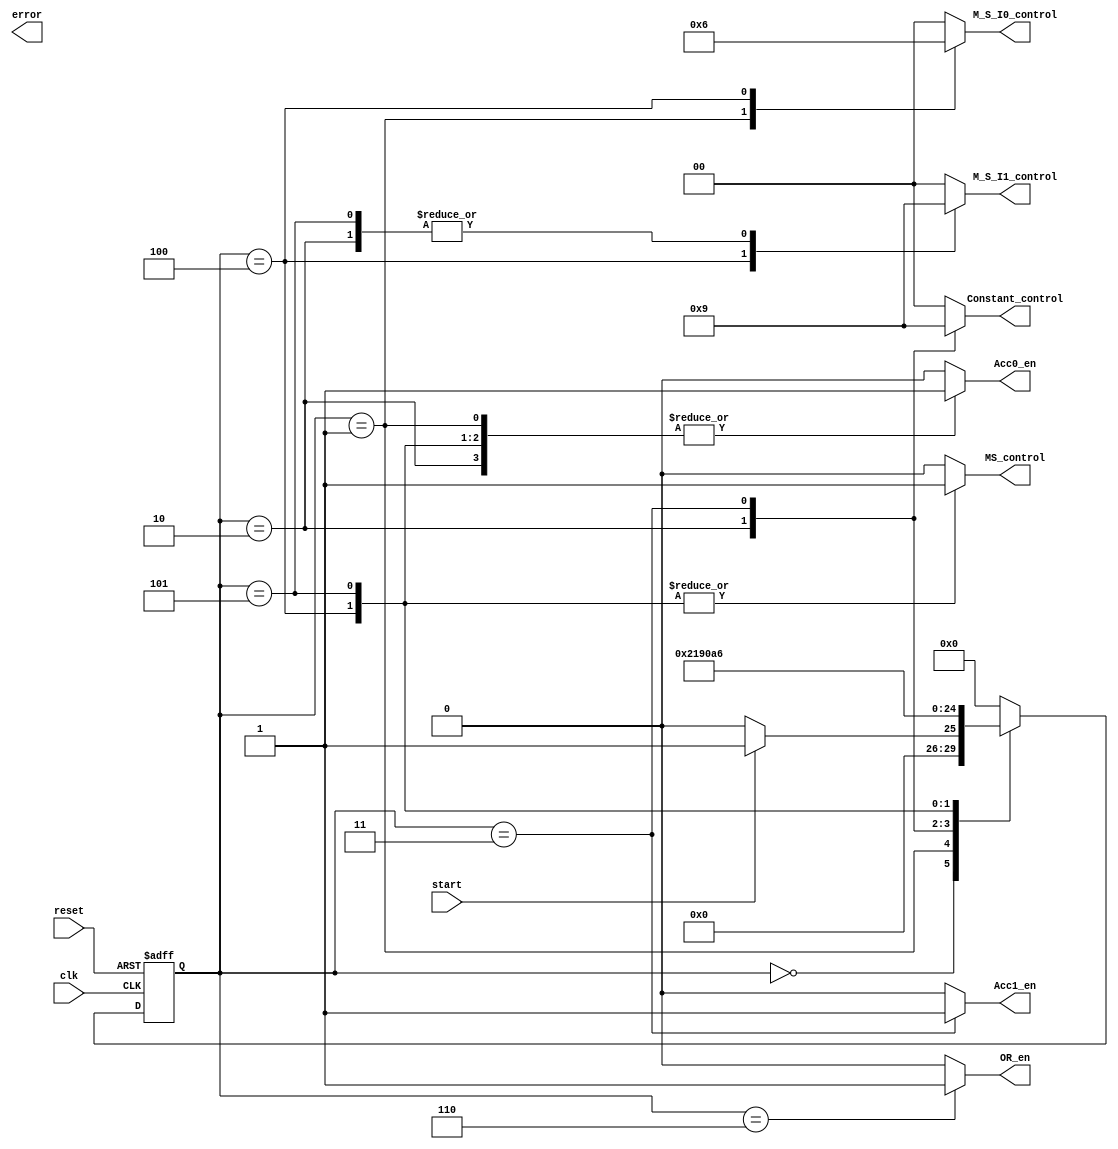
module FSM_control
#(
	parameter WORD_LENGTH = 8
)

(
	// Input Ports
	input clk,
	input reset,
	input start,
	
	output  error,
	output reg [1:0] Constant_control,
	output reg [1:0] M_S_I1_control,
	output reg [1:0] M_S_I0_control,
	output reg MS_control,
	output reg Acc0_en,
	output reg Acc1_en,
	output reg OR_en

);

//State machine states   ############FSM########
localparam IDLE = 0;
localparam XX = 1;
localparam A_XX = 2;
localparam A_X = 3;
localparam XX_SUM_X = 4;
localparam A0_SUM = 5;
localparam Output = 6;


reg [4:0]State ;


always@(posedge clk or negedge reset) begin
	if (reset==0)
		State <= IDLE;
	else 
		case(State)
			IDLE:
				if(start)
					State <= XX;
				else
					State <= IDLE;
				
			XX:
				State <= A_XX;
			
			A_XX:
				State <= A_X;
	
			A_X:
				State <= XX_SUM_X;
				
			XX_SUM_X:
				State <= A0_SUM;
			
			A0_SUM:
				State <= Output;
				
			Output:
				State <= IDLE;
				
			default:
				State <= IDLE;
	endcase
end

always@(State) begin
	Constant_control = 2'b00;
	M_S_I1_control = 2'b00;
	M_S_I0_control = 2'b00;
	MS_control = 0;
	Acc0_en = 0;
	Acc1_en = 0;
	OR_en = 0;
		case(State)
			
			XX:
				begin
					M_S_I0_control = 2'b01;
					M_S_I1_control = 2'b00;
					MS_control = 0;
					Acc0_en = 1;
				end
			
			A_XX:
				begin
					Constant_control = 2'b10;
					M_S_I0_control = 2'b00;
					M_S_I1_control = 2'b01;
					MS_control = 0;
					Acc0_en = 1;
				end
			
			A_X:
				begin
					Constant_control = 2'b01;
					M_S_I0_control = 2'b00;
					M_S_I1_control = 2'b00;
					MS_control = 0;
					Acc1_en = 1;
				end
			
			XX_SUM_X:
				begin
					M_S_I0_control = 2'b10;
					M_S_I1_control = 2'b10;
					MS_control = 1;
					Acc0_en = 1;
				end
			
			A0_SUM:
				begin
					Constant_control = 2'b00;
					M_S_I0_control = 2'b00;
					M_S_I1_control = 2'b01;
					MS_control = 1;
					Acc0_en = 1;
				end
			
			Output:
				begin 
					OR_en = 1;
				end
			
			
			
			default:
				begin
					Constant_control = 2'b00;
					M_S_I1_control = 2'b00;
					M_S_I0_control = 2'b00;
					MS_control = 0;
					Acc0_en = 0;
					Acc1_en = 0;
					OR_en = 0;
				end
		endcase
end







endmodule